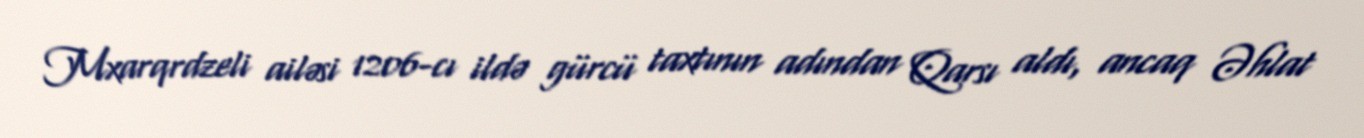
Mxarqrdzeli ailəsi 1206-cı ildə gürcü taxtının adından Qarsı aldı, ancaq Əhlat